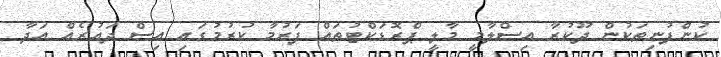
ކުންފުނިތަކުން ދޫކުރާ އިސްލާމީ މާލީ ޕްރޮޑަކްޓުތައް ފަރުމާ ކުރުމުގައި އިސް ދައުރެއް އަދާ